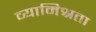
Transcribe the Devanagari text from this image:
व्यामिश्रता